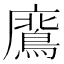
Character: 𭚊